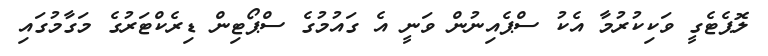
ލޮޕެޓެގީ ވަކިކުރުމާ އެކު ސްޕެއިނުން ވަނީ އެ ގައުމުގެ ސްޕޯޓިން ޑިރެކްޓަރުގެ މަގާމުގައި